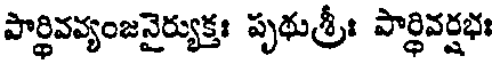
పార్థివవ్యంజనైర్యుక్తః పృథుశ్ర్రీః పార్ధివర్షభః